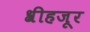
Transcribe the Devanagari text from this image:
श्रीहजूर